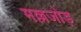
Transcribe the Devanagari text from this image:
मल्लजोड़